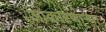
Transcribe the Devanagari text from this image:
आकारणार्‍या